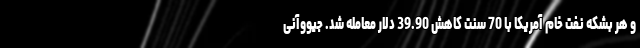
و هر بشکه نفت خام آمریکا با 70 سنت کاهش 39.90 دلار معامله شد. جیووآنی